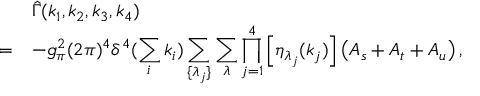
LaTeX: \begin{array} { r l } { { } } & { { \hat { \Gamma } ( k _ { 1 } , k _ { 2 } , k _ { 3 } , k _ { 4 } ) } } \\ { { = } } & { { \displaystyle - g _ { \pi } ^ { 2 } ( 2 \pi ) ^ { 4 } \delta ^ { 4 } ( \sum _ { i } k _ { i } ) \sum _ { \{ \lambda _ { j } \} } \sum _ { \lambda } \prod _ { j = 1 } ^ { 4 } \left[ \eta _ { \lambda _ { j } } ( k _ { j } ) \right] \left( A _ { s } + A _ { t } + A _ { u } \right) , } } \end{array}